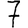
Digit: 7